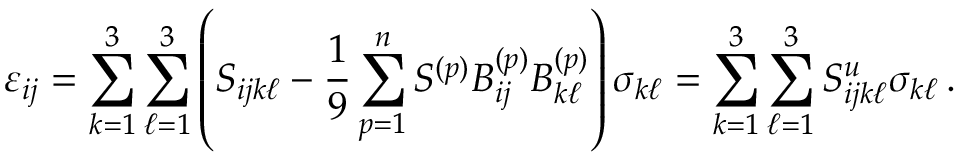
\varepsilon _ { i j } = \sum _ { k = 1 } ^ { 3 } \sum _ { \ell = 1 } ^ { 3 } \left( S _ { i j k \ell } - \frac { 1 } { 9 } \sum _ { p = 1 } ^ { n } S ^ { ( p ) } B _ { i j } ^ { ( p ) } B _ { k \ell } ^ { ( p ) } \right) \sigma _ { k \ell } = \sum _ { k = 1 } ^ { 3 } \sum _ { \ell = 1 } ^ { 3 } S _ { i j k \ell } ^ { u } \sigma _ { k \ell } \, .